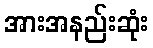
အားအနည်းဆုံး